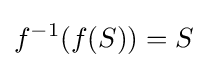
f^{-1}(f(S))=S